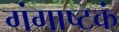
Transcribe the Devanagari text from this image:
गंगाष्टकं